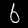
Digit: 6